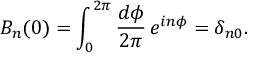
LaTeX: B _ { n } ( 0 ) = \int _ { 0 } ^ { 2 \pi } \frac { d \phi } { 2 \pi } \, e ^ { i n \phi } = \delta _ { n 0 } .